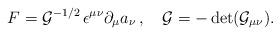
LaTeX: \begin{align*}F={\cal G}^{-1/2}\, \epsilon^{\mu\nu}\partial_\mu a_\nu\, ,\quad{\cal G}=-\det ({\cal G}_{\mu\nu}).\end{align*}